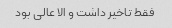
فقط تاخیر داشت و الا عالی بود